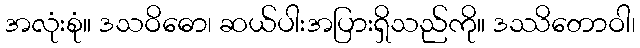
အလုံးစုံ။ ဒသဝိဓော၊ ဆယ်ပါးအပြားရှိသည်ကို။ ဒဿိတောဝါ၊